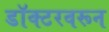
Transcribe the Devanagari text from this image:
डॉक्टरवरून